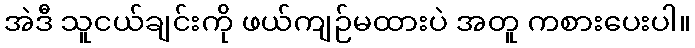
အဲဒီ သူငယ်ချင်းကို ဖယ်ကျဉ်မထားပဲ အတူ ကစားပေးပါ။